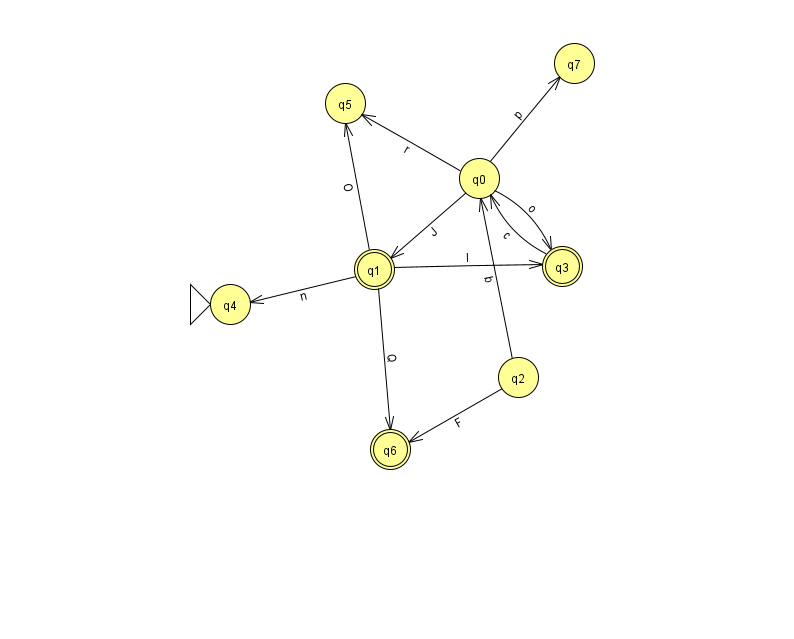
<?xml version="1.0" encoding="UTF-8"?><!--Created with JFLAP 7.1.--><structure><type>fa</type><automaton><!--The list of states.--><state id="0" name="q0"><x>479.0</x><y>165.0</y></state><state id="1" name="q1"><x>374.0</x><y>256.0</y><final/></state><state id="2" name="q2"><x>518.0</x><y>364.0</y></state><state id="3" name="q3"><x>562.0</x><y>253.0</y><final/></state><state id="4" name="q4"><x>230.0</x><y>291.0</y><initial/></state><state id="5" name="q5"><x>345.0</x><y>90.0</y></state><state id="6" name="q6"><x>390.0</x><y>436.0</y><final/></state><state id="7" name="q7"><x>574.0</x><y>50.0</y></state><!--The list of transitions.--><transition><from>0</from><to>5</to><read>r</read></transition><transition><from>3</from><to>0</to><read>c</read></transition><transition><from>2</from><to>0</to><read>b</read></transition><transition><from>1</from><to>4</to><read>n</read></transition><transition><from>0</from><to>1</to><read>J</read></transition><transition><from>1</from><to>3</to><read>I</read></transition><transition><from>0</from><to>3</to><read>o</read></transition><transition><from>1</from><to>5</to><read>O</read></transition><transition><from>2</from><to>6</to><read>F</read></transition><transition><from>0</from><to>7</to><read>p</read></transition><transition><from>1</from><to>6</to><read>Q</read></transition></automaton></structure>